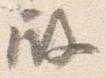
殿